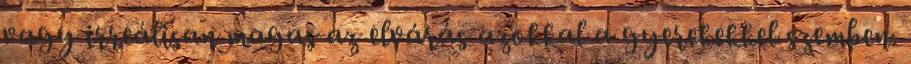
vagy irreálisan magas az elvárás azokkal a gyerekekkel szemben.